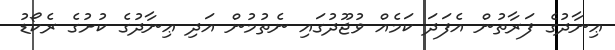
ޢިނާދުގެ ފަރާތުން އެފަދަ ކަމެއް ވުޖޫދުގައި ނެތުމުން އަދި ޢިނާދުގެ ކުށުގެ ރެކޯޑު